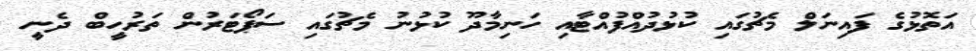
އަތޮޅުގެ ފައިނަލް މެޗުގައި ކުޅުދުއްފުއްޓާއި ހަނިމާދޫ ކުޅުނު މެޗުގައި ސަޕޯޓަރުން ތަރުހީބް ދެނީ